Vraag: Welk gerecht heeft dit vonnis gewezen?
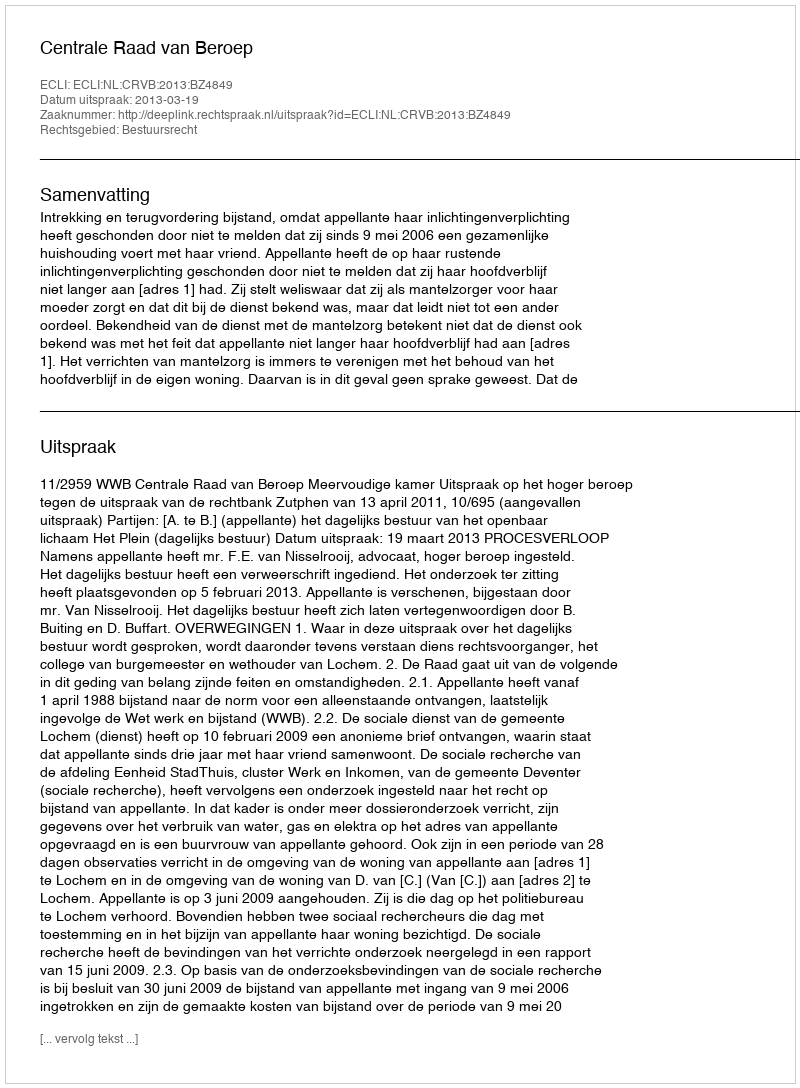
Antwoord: Centrale Raad van Beroep